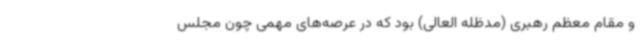
و مقام معظم رهبری (مدظله العالی) بود که در عرصه‌های مهمی چون مجلس